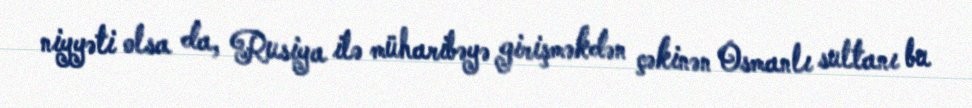
niyyəti olsa da, Rusiya ilə müharibəyə girişməkdən çəkinən Osmanlı sultanı bu